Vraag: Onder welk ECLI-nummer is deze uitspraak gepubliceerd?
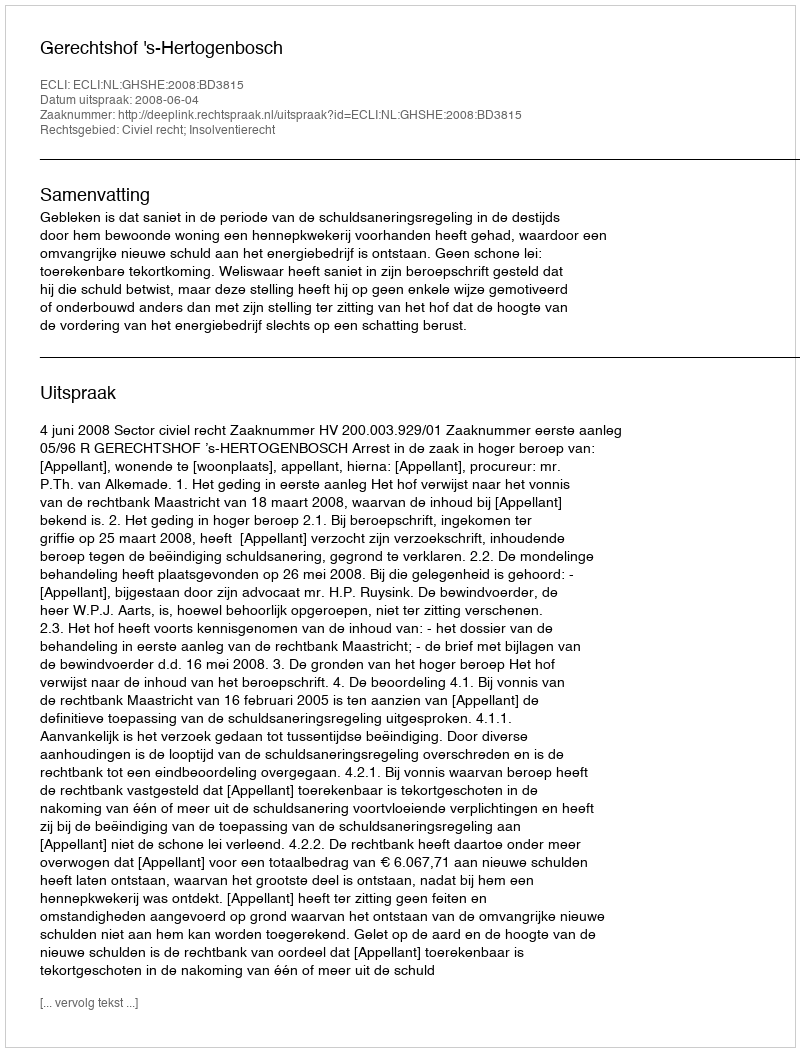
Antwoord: ECLI:NL:GHSHE:2008:BD3815